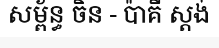
សម្ព័ន្ធ ចិន - ប៉ាគី ស្តង់